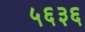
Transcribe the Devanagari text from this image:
५६३६